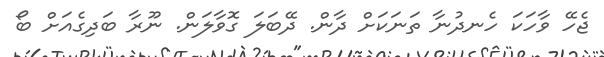
ޖެހޭ ވާހަކަ ހެނދުނާ ތަނަކަށް ދާން. ދޭބަލަ ގޮވާލަން. ނޫރާ ބަދިގެއަށް ބޯ